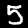
Digit: 5